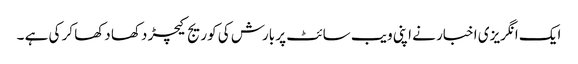
ایک انگریزی اخبار نے اپنی ویب سائٹ پر بارش کی کوریج کیچڑ دکھا دکھا کر کی ہے ۔